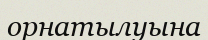
орнатылуына